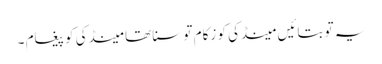
یہ تو بتائیں مینڈکی کو زکام تو سنا تھا مینڈکی کو پیغام ۔